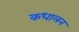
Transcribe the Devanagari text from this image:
कधालन